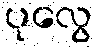
ပုလွေ